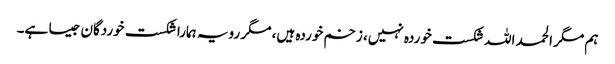
ہم مگر الحمد اللہ شکست خوردہ نہیں، زخم خوردہ ہیں، مگر رویہ ہمارا شکست خوردگان جیسا ہے۔